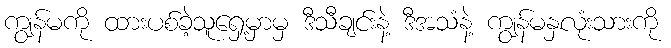
ကျွန်မကို ထားပစ်ခဲ့သူရှေ့မှာမှ ဒီသီချင်းနဲ့ ဒီအသံနဲ့ ကျွန်မနှလုံးသားကို